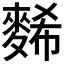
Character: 𪌹